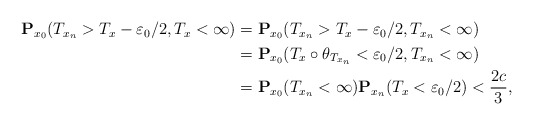
\begin{align*}\begin{aligned} \mathbf{P}_{x_0}(T_{x_n}>T_x-\varepsilon_0/2, T_x<\infty)&=\mathbf{P}_{x_0}(T_{x_n}>T_x-\varepsilon_0/2, T_{x_n}<\infty) \\ &=\mathbf{P}_{x_0}(T_x\circ \theta_{T_{x_n}}<\varepsilon_0/2, T_{x_n}<\infty) \\ &=\mathbf{P}_{x_0}(T_{x_n}<\infty) \mathbf{P}_{x_n}(T_x<\varepsilon_0/2)<\frac{2c}{3},\end{aligned}\end{align*}